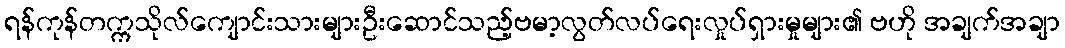
ရန်ကုန်တက္ကသိုလ်ကျောင်းသားများဦးဆောင်သည့်ဗမာ့လွတ်လပ်ရေးလှုပ်ရှားမှုများ၏ ဗဟို အချက်အချာ